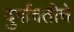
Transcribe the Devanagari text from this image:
दुर्गावतीचे